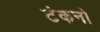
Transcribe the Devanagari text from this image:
टेकनो